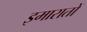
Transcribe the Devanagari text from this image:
इमारातों